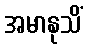
အမာနုသိံ